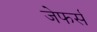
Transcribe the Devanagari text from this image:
जेफर्स